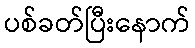
ပစ်ခတ်ပြီးနောက်